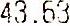
43.63